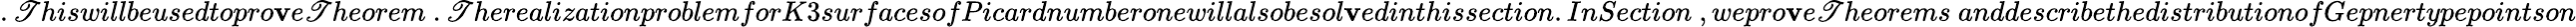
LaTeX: .\mathscr{T}hiswillbeusedtopro\mathbf{v}e\mathscr{T}heorem~.\mathscr{T}herealizationproblemforK3surfacesofPicardnumberonewillalsobesol\mathbf{v}edinthissection.InSection~,wepro\mathbf{v}e\mathscr{T}heorems~anddescribethedistributionofGepnertypepointson